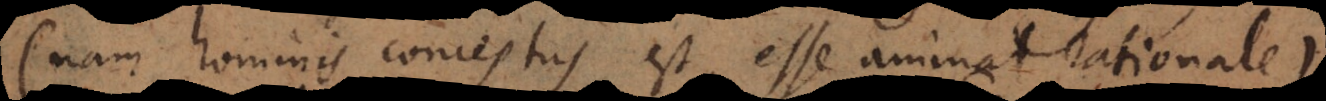
(nam hominis conceptus est, esse animal rationale).